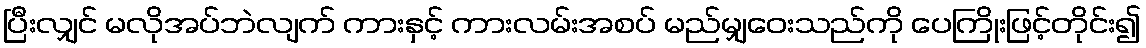
ပြီးလျှင် မလိုအပ်ဘဲလျက် ကားနှင့် ကားလမ်းအစပ် မည်မျှဝေးသည်ကို ပေကြိုးဖြင့်တိုင်း၍